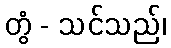
တွံ - သင်သည်၊